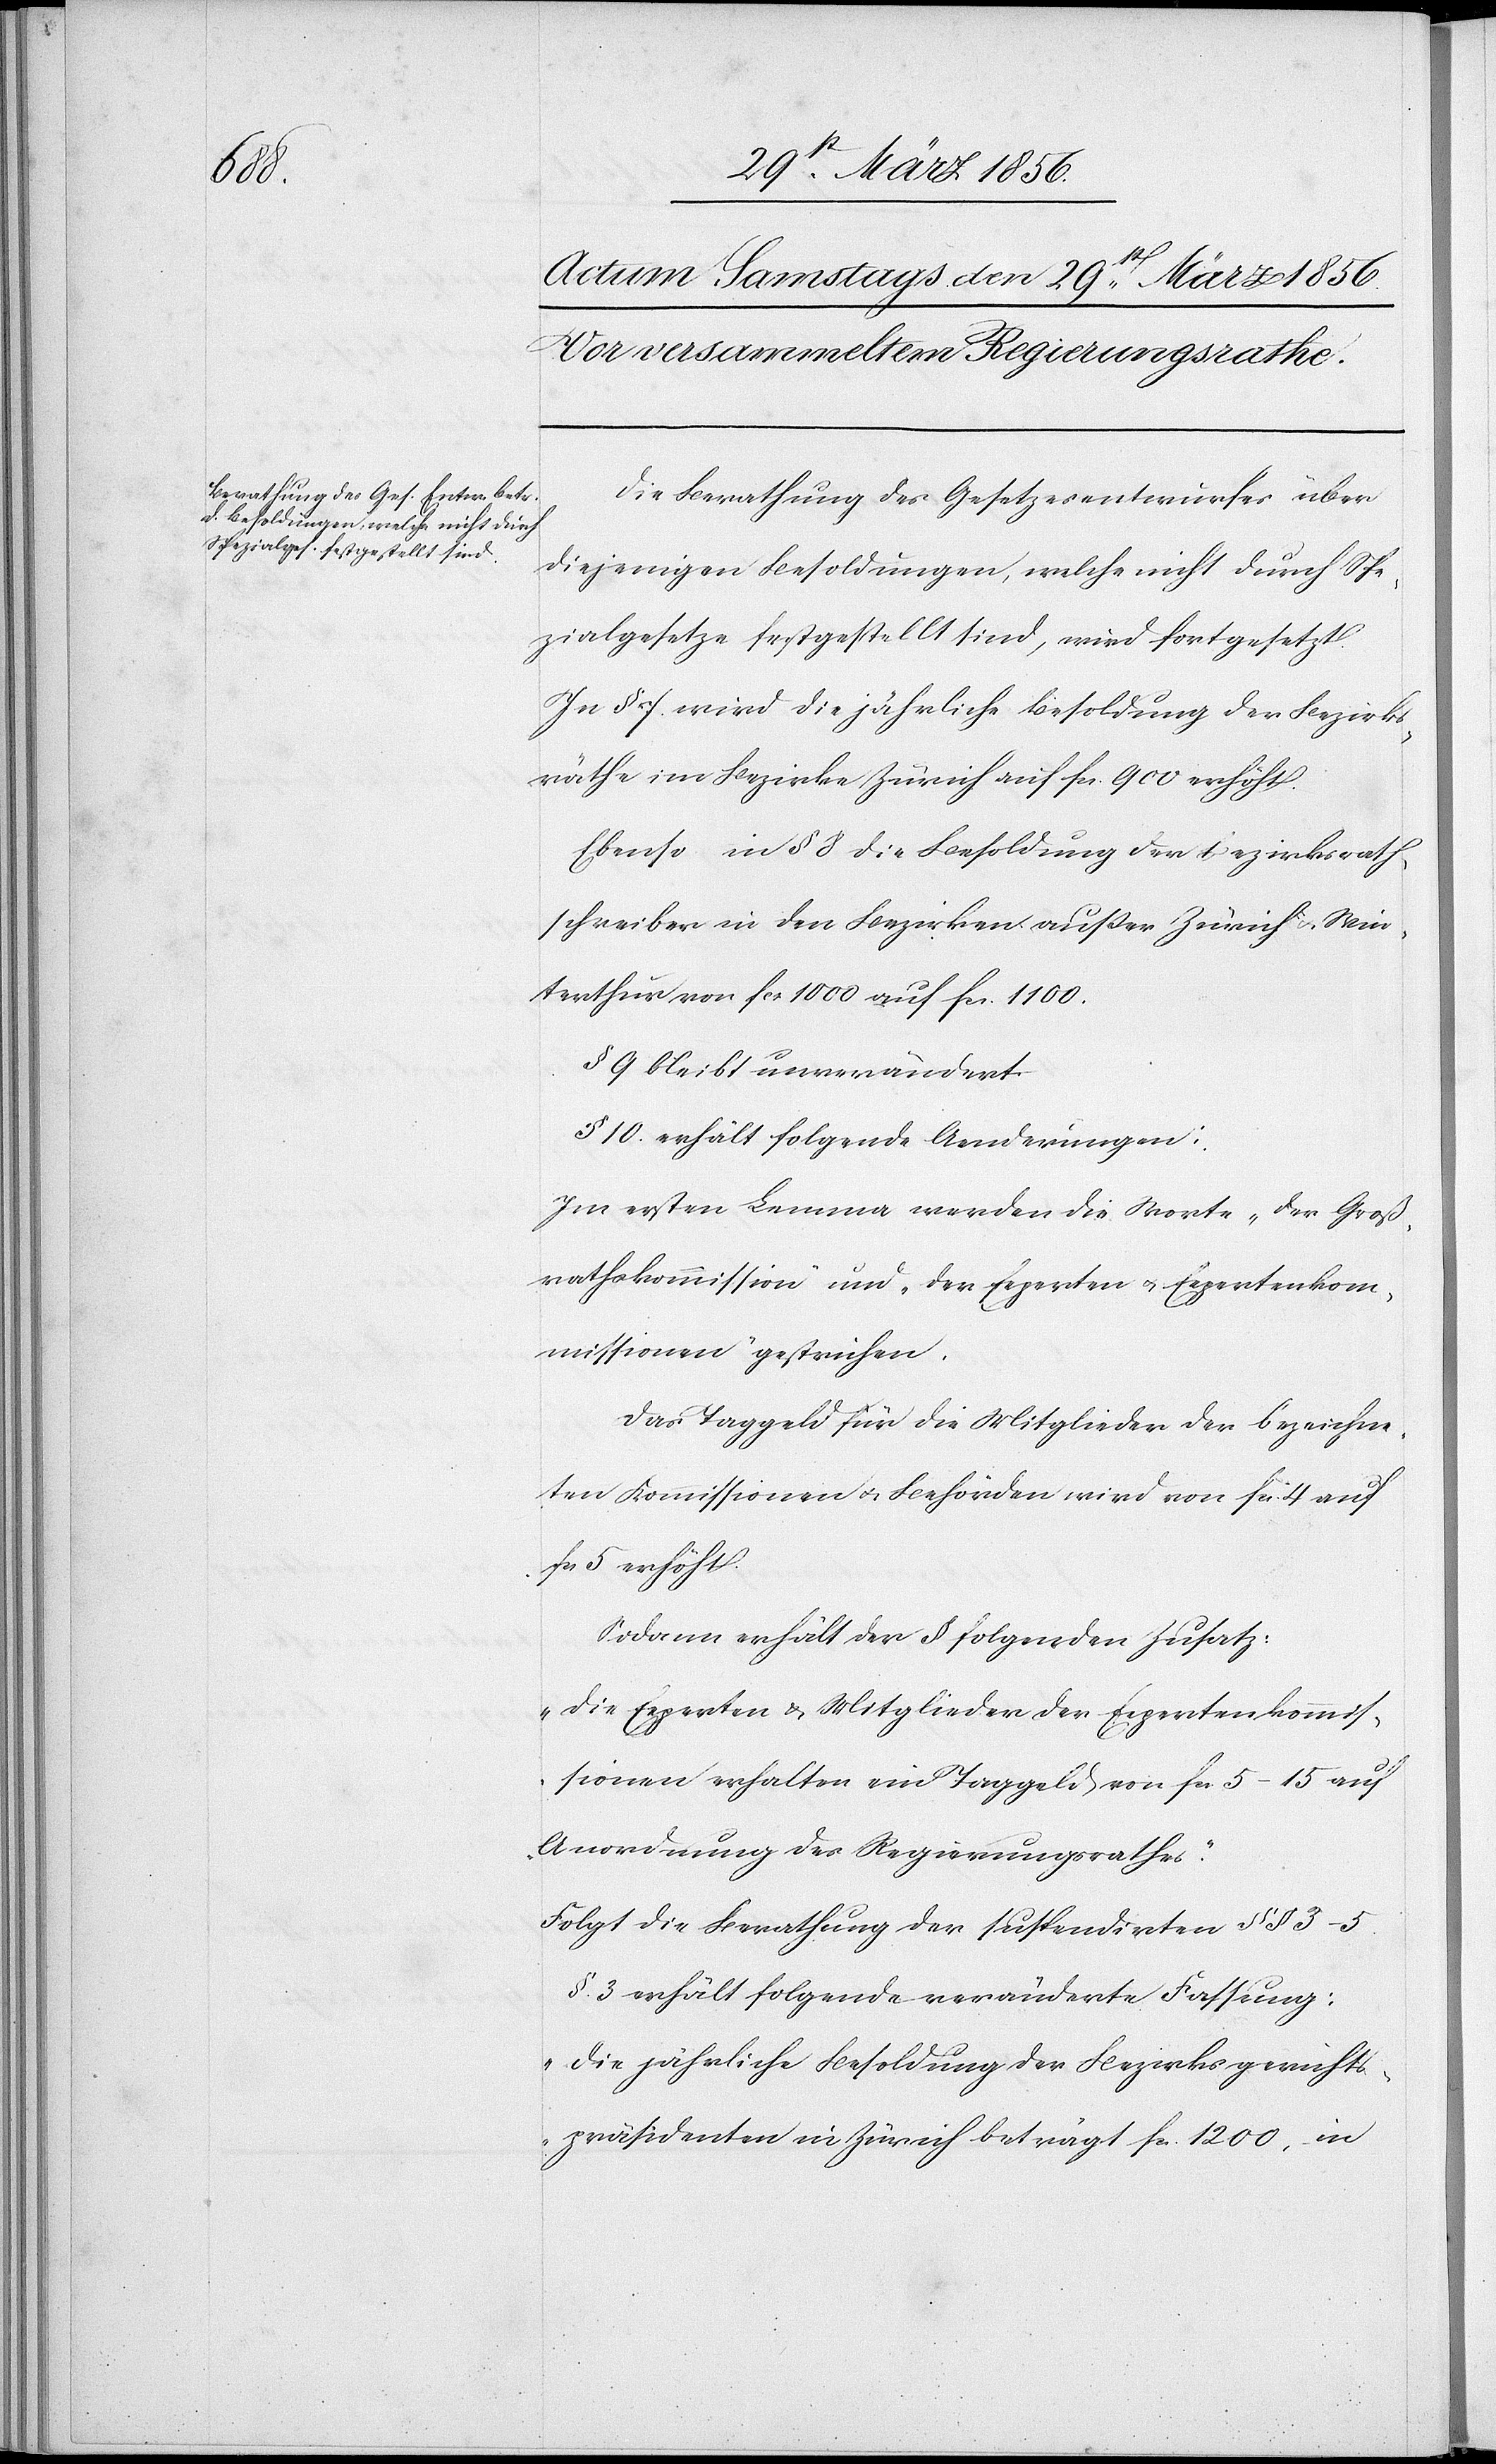
Die Berathung des Gesetzesentwurfes über
diejenigen Besoldungen, welche nicht durch Spe¬
zialgesetze festgestellt sind, wird fortgesetzt.
In § 7. wird die jährliche Besoldung der Bezirks¬
räthe im Bezirke Zürich auf fcs. 900 erhöht.
Ebenso in § 8 die Besoldung der Bezirksrath¬
schreiber in den Bezirken außer Zürich u. Win¬
terthur von fcs 1000 auf fcs. 1100.
§ 9 bleibt unverändert.
§ 10. erhält folgende Aenderungen:
Im ersten Lemma werden die Worte „der Groß¬
rathskommission“ und „der Experten u. Expertenkom¬
missionen“ gestrichen.
Das Taggeld für die Mitglieder der gezeichne¬
ten Kommissionen u. Behörden wird von fcs. 4 auf
fcs 5 erhöht.
Sodann erhält der § folgenden Zusatz:
„Die Experten & Mitglieder der Expertenkommis¬
sionen erhalten ein Taggeld von fcs. 5–15 auf
Anordnung des Regierungsrathes.“
Folgt die Berathung der suspendirten §§ 3–5
§. 3 erhält folgende veränderte Fassung:
„Die jährliche Besoldung der Bezirksgerichts¬
präsidenten in Zürich beträgt fcs. 1200, in